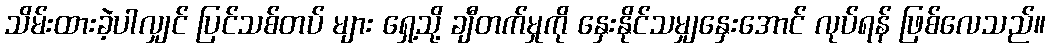
သိမ်းထားခဲ့ပါလျှင် ပြင်သစ်တပ် များ ရှေ့သို့ ချီတက်မှုကို နှေးနိုင်သမျှနှေးအောင် လုပ်ရန် ဖြစ်လေသည်။